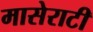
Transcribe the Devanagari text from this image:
मासेराटी